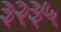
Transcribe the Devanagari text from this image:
३२३५